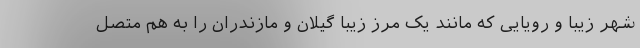
شهر زیبا و رویایی که مانند یک مرز زیبا گیلان و مازندران را به هم متصل